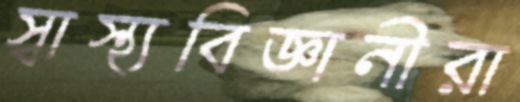
স্বাস্থ্যবিজ্ঞানীরা